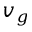
v _ { g }